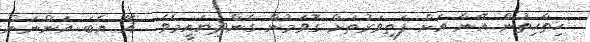
ހިތާހިތުން އޭނާ އަށް ފަތިވަރުތަށް ގޮވަމުން ގެންދިޔައީމެވެ.  އޭ އެބަ އަންނަން